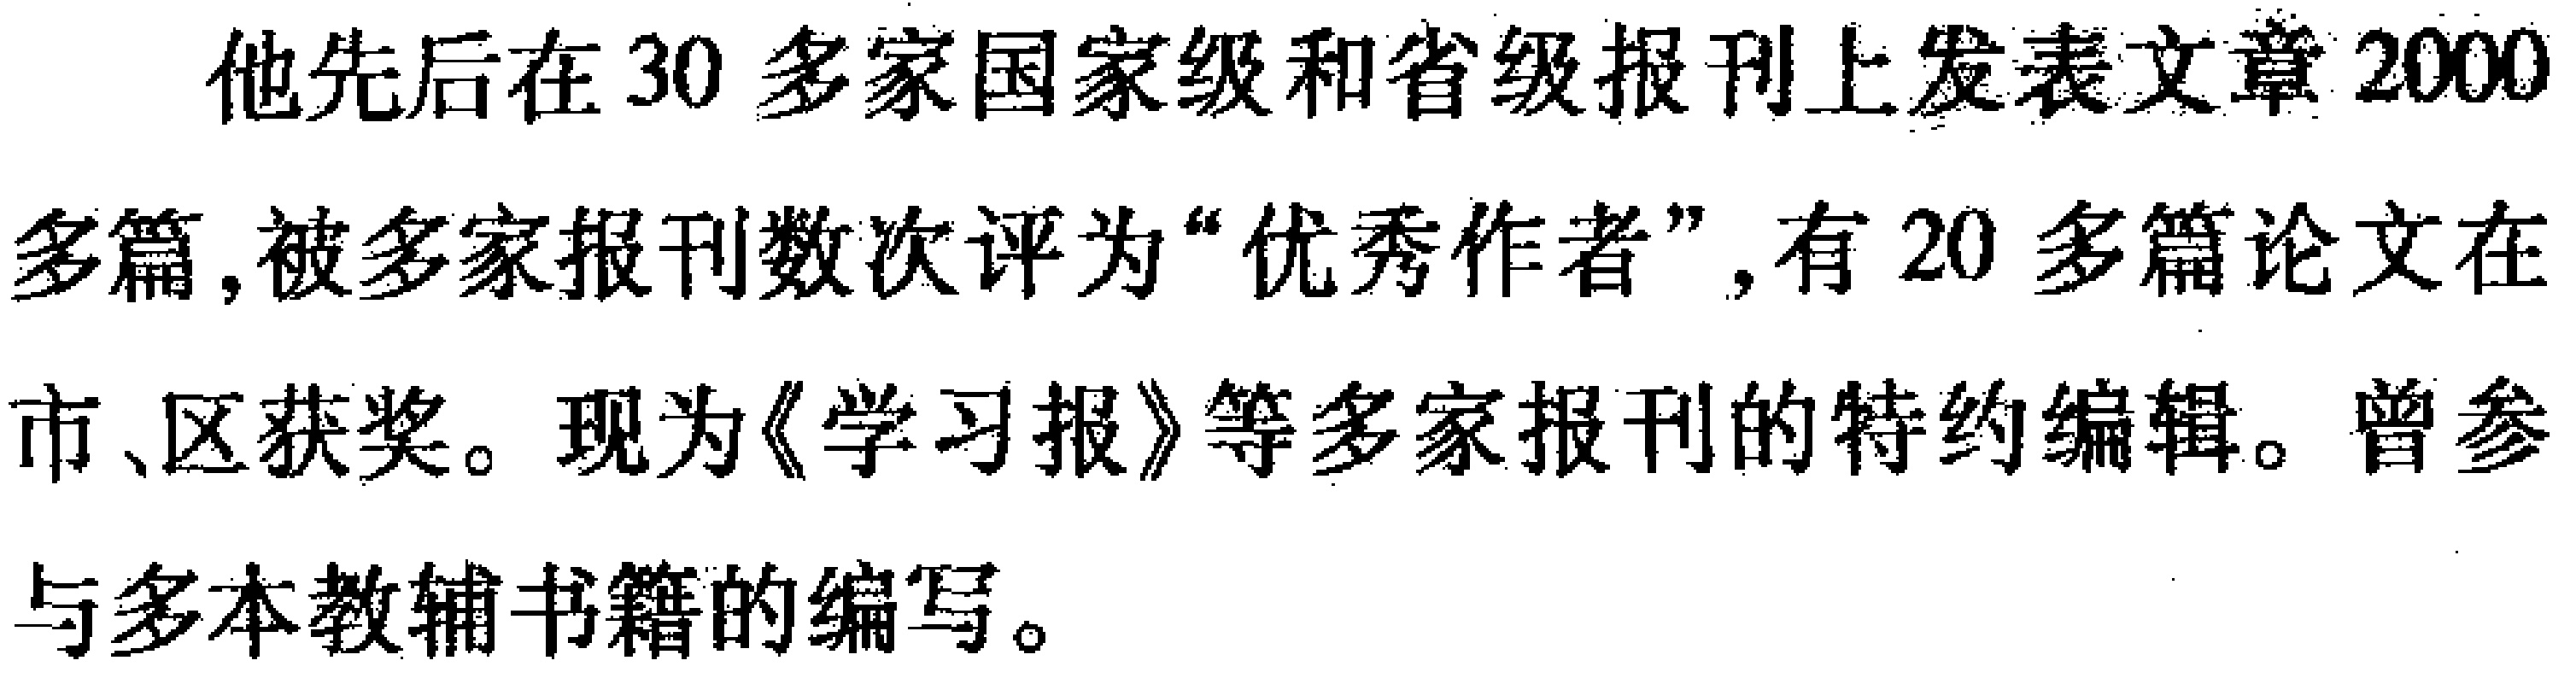
他先后在30多家国家级和省级报刊上发表文章2000多篇,被多家报刊数次评为“优秀作者”,有20多篇论文在市、区获奖。现为《学习报》等多家报刊的特约编辑。曾参与多本教辅书籍的编写。